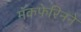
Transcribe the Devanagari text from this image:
मॅकफेरिनने